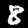
Digit: 8